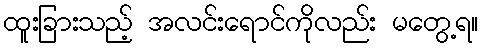
ထူးခြားသည့် အလင်းရောင်ကိုလည်း မတွေ့ရ။